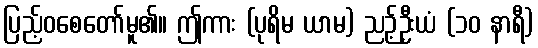
ပြည့်ဝစေတော်မူ၏။ ဤကား (ပုရိမ ယာမ) ညဉ့်ဦးယံ (၁၀ နာရီ)